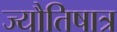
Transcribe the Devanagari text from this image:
ज्यौतिषात्र